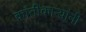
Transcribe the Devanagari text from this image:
क्रांतीकाऱ्यांनी